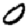
Digit: 0